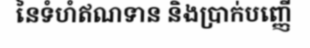
នៃទំហំឥណទាន និងប្រាក់បញ្ញើ